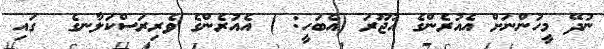
ނުދޭ މީހުންނަށް އެއުރެންގެ އުޖޫރަ (އެބަހީ: ) އެއުރެންގެ ވެރިރަސްކަލާނގެ  ގައި